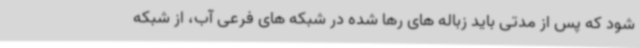
شود که پس از مدتی باید زباله های رها شده در شبکه های فرعی آب، از شبکه